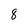
Character: 8